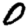
Digit: 0